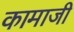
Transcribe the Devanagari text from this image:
कामाजी